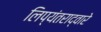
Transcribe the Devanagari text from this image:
लिप्यंतराद्वारे